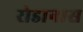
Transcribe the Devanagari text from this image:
रोडानास